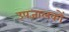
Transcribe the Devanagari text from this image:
उपजालकों